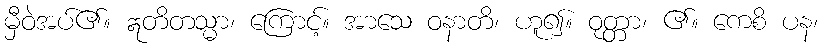
မှီဝဲအပ်၏။ ဣတိတသ္မာ၊ ကြောင့်။ အာသေ ဝနာတိ၊ ဟူ၍။ ဝုတ္တာ၊ ၏။ ကေစိ ပန၊